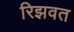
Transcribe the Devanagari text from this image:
रिझवत